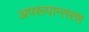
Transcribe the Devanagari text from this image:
अपरूपान्तरण